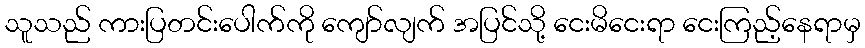
သူသည် ကားပြတင်းပေါက်ကို ကျော်လျက် အပြင်သို့ ငေးမိငေးရာ ငေးကြည့်နေရာမှ